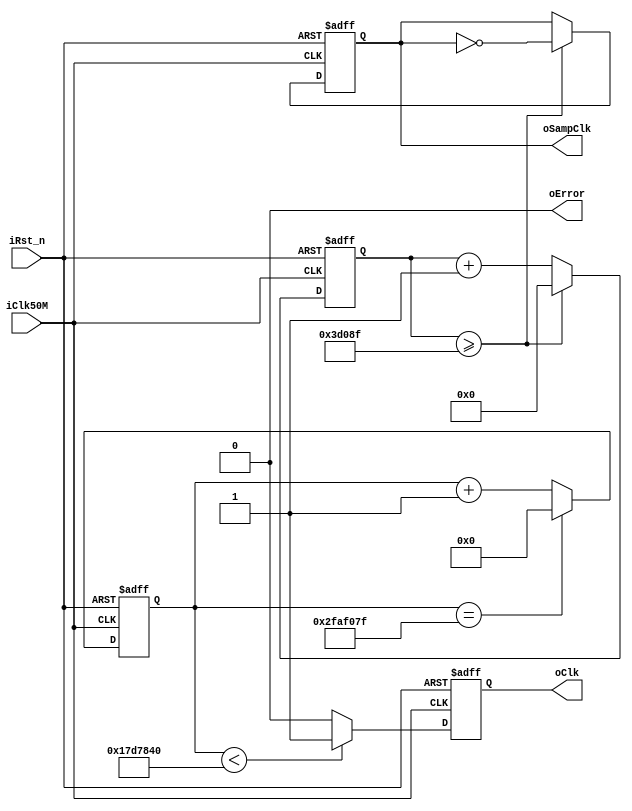
// --------------------------------------------------------------------
// Copyright (c) 2011 by TKU ICLAB. 
// --------------------------------------------------------------------
/*  use follow instruction to call the function

Clkdiv #( .CLKFREQ(50000000), .EXCEPTCLK(10), .multipleX(4) ) UX1
        (   
            .iClk50M(iCLOCK_50), // 50Mhz clock 
            .iRst_n(iRst_n),
            .oError(oLEDG[0]),  // if CLKFREQ/2 great than ExpectClk, you will get a error
            .oSampClk(oSampClk),  // multipleX expect clock, for SignalTap use
            .oClk(wExpectClk)     // ExpectClk clock
        );
*/
// Revision History :
// --------------------------------------------------------------------
//   Ver  :| Author            :| Mod. Date :| Changes Made:
//   V1.0 :| Shih-An Li        :| 15/03/2011:| 1. Frequency Divider OK
//                                             2. add error led. if CLKFREQ great than iClk50M /2
//                                                you will get a error.
//   V1.1 :| Shih-An Li        :| 18/05/2011:| 1. Add multipleX parameter
//                                             2. fix oError signal
//   V1.2 :| Shih-An Li        :| 18/05/2011:| 1. Add odd multipleX clock generate
// --------------------------------------------------------------------
`default_nettype none
module Clkdiv    ( 
                     iClk50M, // 50Mhz clock 
                     iRst_n,
                     oError,  // if CLKFREQCNTVALUE great than iClk50M /2, you will get a error
                     oSampClk,  // multipleX expect clock, for SignalTap use
                     oClk     // ExpectClk clock
                 );
                 
//===========================================================================
// PARAMETER declarations
//===========================================================================
parameter CLKFREQ = 50000000;  // clock frequency = 50M
parameter EXCEPTCLK = 1;  // clock frequency = 1hz
parameter multipleX = 100; // generate a multiple number of expect clk
parameter WIDTH = 3;
parameter N = CLKFREQ /EXCEPTCLK;   // multiple number of divider

//===========================================================================
// PORT declarations
//===========================================================================
input      iClk50M;  // input 50Mhz clock
input      iRst_n;
output     oError;   // Error of CLKFREQCNTVALUE input
output reg oSampClk; // sample clock
output     oClk;     // output except clock 

//=============================================================================
// REG/WIRE declarations
//=============================================================================
reg [$clog2((CLKFREQ /(EXCEPTCLK*2*multipleX)))-1:0] rSampClkCnt;


reg [$clog2(N)-1:0] rCnt_p;
reg [$clog2(N)-1:0] rCnt_n;
reg                rClk_p;
reg                rClk_n;
//=============================================================================
// Structural coding
//=============================================================================

// Generate expect frequency
assign oClk  = (N == 1) ? iClk50M :
               (N[0])   ? (rClk_p | rClk_n) : (rClk_p);
               
        
always@(posedge iClk50M or negedge iRst_n) begin
  if (!iRst_n)
    rCnt_p <= 0;
  else begin 
    if (rCnt_p == (N-1))
      rCnt_p <= 0;
    else
      rCnt_p <= rCnt_p + 'b1;
  end
end

always@(posedge iClk50M or negedge iRst_n) begin
  if (!iRst_n) 
    rClk_p <= 1;
  else begin
      if (rCnt_p < (N>>1))
        rClk_p = 1;
      else
        rClk_p = 0;    
  end
end

always@(negedge iClk50M or negedge iRst_n) begin
  if (!iRst_n)
    rCnt_n <= 0;
  else begin
      if (rCnt_n == (N-1))
        rCnt_n <= 0;
      else
        rCnt_n <= rCnt_n + 'b1;
  end
end

always@(negedge iClk50M or negedge iRst_n) begin
  if (!iRst_n)
    rClk_n <= 1;
  else begin
      if (rCnt_n < (N>>1))
        rClk_n = 1;
      else
        rClk_n = 0;
  end
end



// generate sample clock ( = 2*expect clock) for SignalTap use
always@(posedge iClk50M or negedge iRst_n) begin
    if (!iRst_n) begin
        oSampClk <= 0;
        rSampClkCnt <= 0;
    end
    else begin
        if(oError) begin 
            oSampClk <= 0;
            rSampClkCnt <= 0;
        end
        else if( rSampClkCnt >= (CLKFREQ /(EXCEPTCLK*2*multipleX)-1 ) )begin
            oSampClk <= ~oSampClk;
            rSampClkCnt <= 0;
        end 
        else begin
            oSampClk <= oSampClk;  
            rSampClkCnt <= rSampClkCnt +'b1;
        end
    end
end

// check except clock small than iClk/2 frequency
assign oError = ((CLKFREQ/2) <= EXCEPTCLK) ? 1'b1: 1'b0;

endmodule